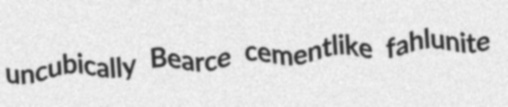
uncubically Bearce cementlike fahlunite